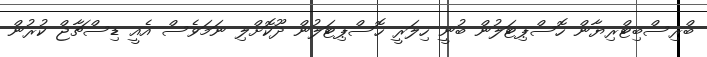
ބްރިސްބިޓްރިޔާން ހޮސްޕިޓަލުން ބުނީ ހިލަރީ ހޮސްޕިޓަލުން ދޫކޮށްލި ނަމަވެސް އެއީ ޑިސްޗާޖް ކުރުން